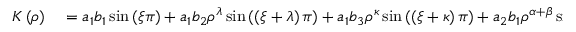
\begin{array} { r l } { K \left( \rho \right) } & { { } = a _ { 1 } b _ { 1 } \sin \left( \xi \pi \right) + a _ { 1 } b _ { 2 } \rho ^ { \lambda } \sin \left( \left( \xi + \lambda \right) \pi \right) + a _ { 1 } b _ { 3 } \rho ^ { \kappa } \sin \left( \left( \xi + \kappa \right) \pi \right) + a _ { 2 } b _ { 1 } \rho ^ { \alpha + \beta } \sin \left( \left( \xi - \alpha - \beta \right) \pi \right) } \end{array}